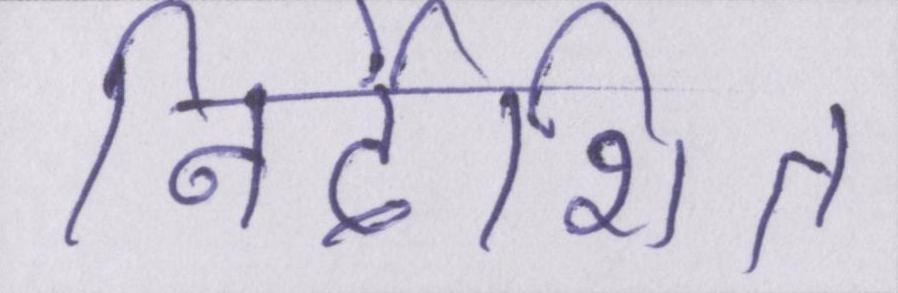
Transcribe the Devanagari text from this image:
निर्देशित